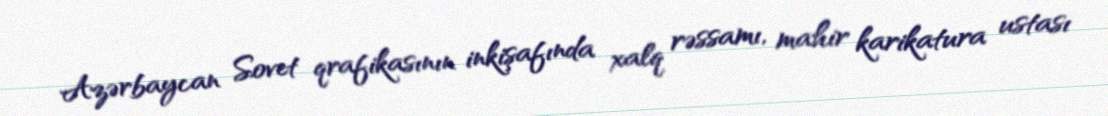
Azərbaycan Sovet qrafikasının inkişafında xalq rəssamı, mahir karikatura ustası